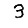
Digit: 3